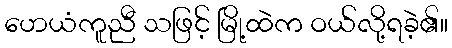
ဟေယံကူညီ သဖြင့် မြို့ထဲက ဝယ်လို့ရခဲ့၏။